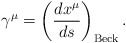
\begin{align*}\gamma ^\mu =\left( \frac{dx^\mu }{ds}\right) _{{\rm Beck}}.\end{align*}